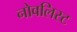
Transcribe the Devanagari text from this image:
नोवलिस्ट